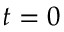
t = 0